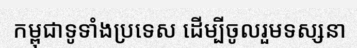
កម្ពុជាទូទាំងប្រទេស ដើម្បីចូលរួមទស្សនា